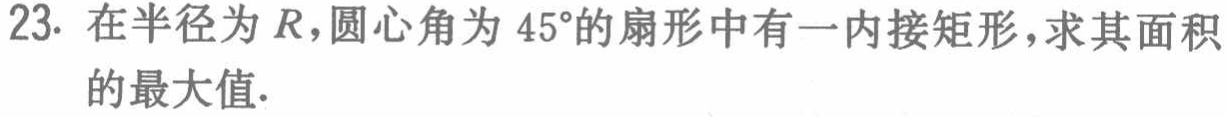
23. 在半径为\(R\)，圆心角为\(45^{\circ}\)的扇形中有一内接矩形，求其面积的最大值.